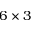
6 \times 3